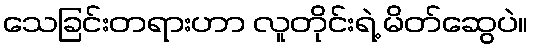
သေခြင်းတရားဟာ လူတိုင်းရဲ့ မိတ်ဆွေပဲ။